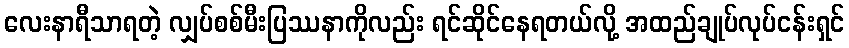
လေးနာရီသာရတဲ့ လျှပ်စစ်မီးပြဿနာကိုလည်း ရင်ဆိုင်နေရတယ်လို့ အထည်ချုပ်လုပ်ငန်းရှင်